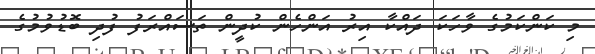
މި ކަންކަމުގެ ވާހަކަ ދައްކާ އިރު އަންހެން ކުދީން ތަސައްރަފު ފުދި ބޮޑުވުމުގެ